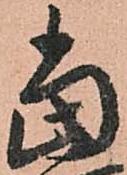
當